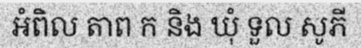
អំពិល តាព ក និង ឃុំ ទួល សូភី